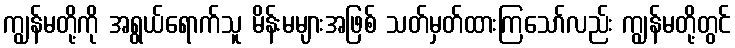
ကျွန်မတို့ကို အရွယ်ရောက်သူ မိန်းမများအဖြစ် သတ်မှတ်ထားကြသော်လည်း ကျွန်မတို့တွင်